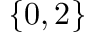
\{ 0 , 2 \}